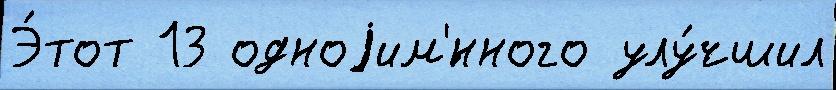
Э́тот 13 одноjим'́нного улу́чшил